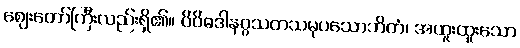
ဈေးတော်ကြီးလည်းရှိ၏။ ဝိဝိဓဒါနဂ္ဂသတသမုပသောဘိတံ၊ အထူးထူးသော